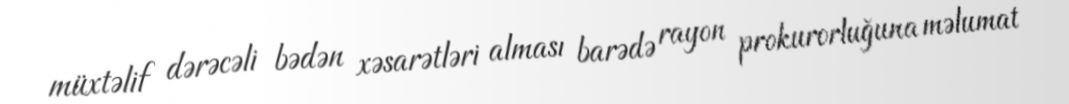
müxtəlif dərəcəli bədən xəsarətləri alması barədə rayon prokurorluğuna məlumat